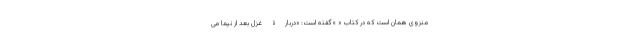
منزوی همان است که در کتاب « » گفته است: «دربارۀ غزل بعد از نیما می